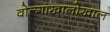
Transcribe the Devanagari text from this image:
वोल्गाखालोखाल